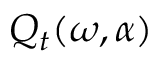
Q _ { t } ( \omega , \alpha )